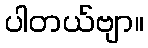
ပါတယ်ဗျာ။